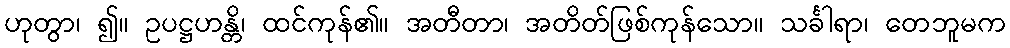
ဟုတွာ၊ ၍။ ဥပဋ္ဌဟန္တိ၊ ထင်ကုန်၏။ အတီတာ၊ အတိတ်ဖြစ်ကုန်သော။ သင်္ခါရာ၊ တေဘူမက